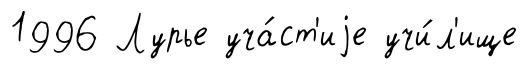
1996 Лурье уча́ст'иjе учи́л'ище